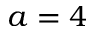
a = 4